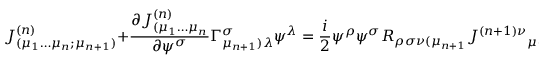
{ J } _ { ( \mu _ { 1 } \dots \mu _ { n } ; \mu _ { n + 1 } ) } ^ { ( n ) } + \frac { \partial { J } _ { ( \mu _ { 1 } \dots \mu _ { n } } ^ { ( n ) } } { \partial \psi ^ { \sigma } } \Gamma _ { \mu _ { n + 1 } ) \lambda } ^ { \sigma } \psi ^ { \lambda } = \frac { i } { 2 } \psi ^ { \rho } \psi ^ { \sigma } R _ { \rho \sigma \nu ( \mu _ { n + 1 } } { { J } ^ { ( n + 1 ) \nu } } _ { \mu _ { 1 } \dots \mu _ { n } ) }